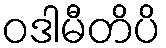
ဝဒါမီတိပိ